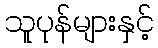
သူပုန်များနှင့်